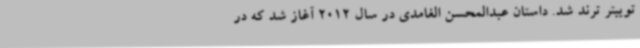
توییتر ترند شد. داستان عبدالمحسن الغامدی در سال 2012 آغاز شد که در